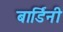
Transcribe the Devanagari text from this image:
बार्डिनी